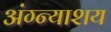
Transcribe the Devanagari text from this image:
अंग्न्याशय